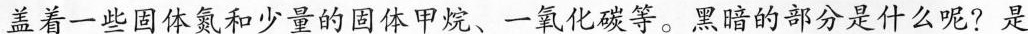
盖着一些固体氮和少量的固体甲烷、一氧化碳等。黑暗的部分是什么呢?是